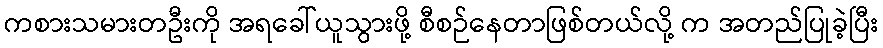
ကစားသမားတဦးကို အရခေါ်ယူသွားဖို့ စီစဉ်နေတာဖြစ်တယ်လို့ က အတည်ပြုခဲ့ပြီး